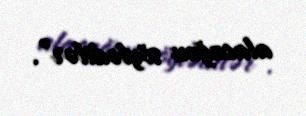
alacağını söylədilər”.